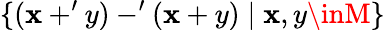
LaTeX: \{ (\mathbf{x}+^{\prime}y)-^{\prime}(\mathbf{x}+y)\mid\mathbf{x},y\inM\}